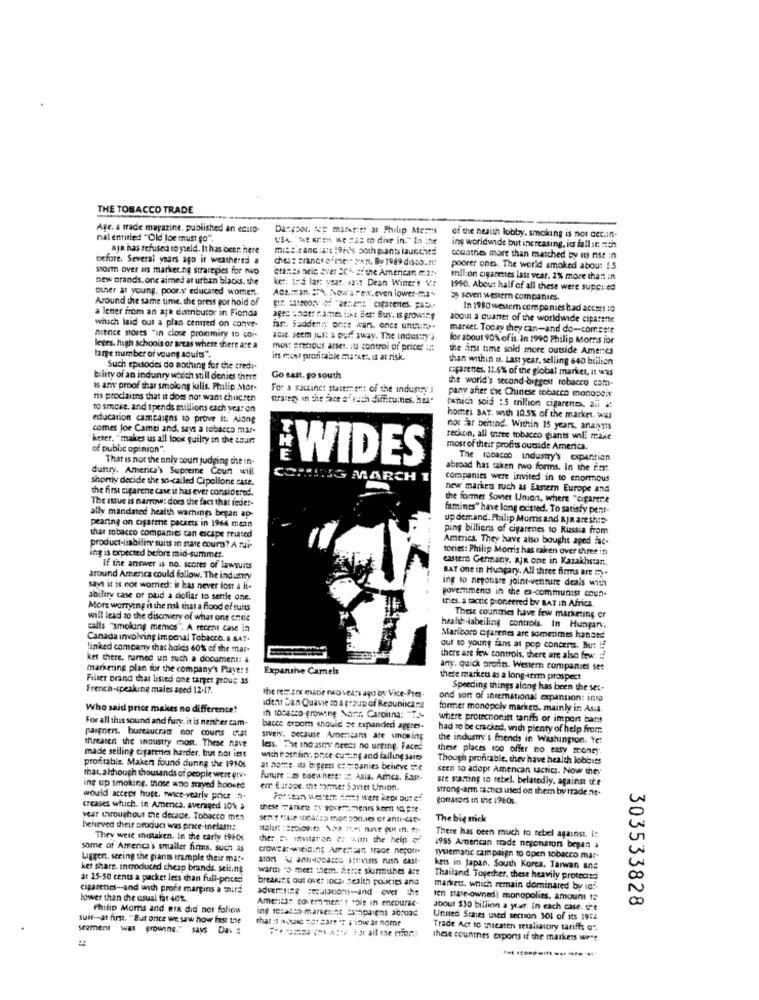
THE TOBACCO TRADE
Age. a trade magazine. published an ecito-
Danpoor. top marke:tr ar Philip Memis
nat entitled "Old Joe must go".
of the heaith lobby. smoking is not det.in-
aja has refused to sseld. It has been here
mise.canc :ite !9rds. both plants launched
ing worldwide but increasing, its fall it nich
before. Several years ago ir weathered a
ches: granes ef metr tan. By 1989 discount:
countries more than matched by its nse in
storm over as marketing strategies for nwo
cranes nele aver 201 at the American m.2.
poorer ones. The world smoked about !. 5
new brands. one aimed at urban blacks. the
ker: 175 last year. 32: Dean Winer's V .:
million cigarettes last year. 2% more than in
other at young, poor.y educated women.
1990. About half of all these were suppred
Around the same time, the press por hold of
ACEman. ST. Now's "www.even lower-ma-
3y seven western companies.
a lener from an apa distributor in Fionda
In 1980 western companies had access to
ages shost flames ithe Best Buy. Is prowire
about a quarter of the worldwide cipatente
which laid out a plan centred on conve-
far. Saddens onice wars. once untilinte-
market. Today they can-and do -. comsete
nitnee stores "in close prommity to coi-
able seem just & paf sway. The industry's
for about 90% of it. In 1990 Philip Morns for
leges, high schools or areas where there are a
most precious anser. its control of prices in
the arst time sold more outside Amenta
large number of young adults".
its most prontable ma xt :. is at risk.
than within us. Last year, selling 640 billion
Such episodes do nothing for the credi-
ciparenes. 11.6% of the global market, it was
bility of an indunry which still denies there
Go east. po south
the world's second biggest robacco com-
is any proof that smolong kills. Philip Mor-
For a succinct statement of the industry's
pany after the Chinese tobacco monopoly
ris proclaims that it does not want children
straten, « the face o' such difficulties. hua.
to smoke, and spends millions each year on
tataich sois 1.5 trillion cigarenes, au it
education campaigns to prove it. Along
homei BAT. with 10.5% of the market. wws
comes Joe Camei and, says a tobacco mar-
nos far behind. Within 15 years, analysis
heter, "makes us all look guilty in the tour:
reckon, all three tobacco giants will make
of public opinion".
most of their profits ouride America.
That is not the only count judging the in-
WIDES
The tobacco industry's expansion
dufry. America's Supreme Court will
abroad has taken rwo forms. In the first.
shortly decide the so-called Cipollone case,
COMING MARCH 1
companies were invited in to enormous
the first cigarene case it has ever considered.
new markets such as Eastern Europe and
The issue is narrow: does the fact that feder-
the former Soviet Union, where "cigarere
ally mandated health warnings began ap-
famines" have long existed. To satisfy pent-
pearing on cafarene packets in 1966 menn
up demand. Philip Morris and RJR are ship-
ping billions of cigarenes to Russia from
that robacco companies can escape related
America. They have also bought aged fac-
product-liabiling suits in state cours? A rui
tories: Philip Morris has raken over three in
ing is expected before mid-summer.
eastern Germany. AJR one in Kazakhstan.
If the answer is no. scores of lawsuits
BAT one in Hungary. All three firms are my .
around Amenca could follow. The industry
ing to neponare joint venture deals with
says it is not worried: it has never lost a li-
government in the a-communist coun-
ability case or paid a cioliar to sertle one.
More worrying is the nsk that a flood of suits
iries. a tactic pioneered by BAT In Africa.
will lead to the discovery of what one entie
These countries have few marketing or
calls "smoking memos". A recent case in
health -labelling controls. In Hungary,
Canada involving impenal Tobacco. a AAT.
Mariboro cigarenes are somerimes hanatd
linked company that holds 60% of the mar-
out to young fans at pop concerts. But !!
ket chere. turned up such a document:
there are few controls, there are also few. : /
marketing plan for the company's Player's
Expansive Camels
any. quick profits. Western companies set
Filter brand that listed one target group as
there markets as a long-term prospect.
French-speakshe males aged 12-17.
the remen made noveas agu as Vice-Pret-
Speeding things along has been the sex-
ond son of international expansion: into
Who said price makes no difference?
idenr San Quavie to a group of Repubikans
former monopoly markes. mainly in Asia
For all this sound and fury, it is nenher cam-
in tobacco-growing Nontr. Carolina: "T.
where protecnonist tarifs or import bars
paigners. bureaucrats mor counts ciat
barce export should se expanded aggres-
had to be cracked, with plenty of help from
threaten the industry most. These have
siveis. pecause Americans are smowing
the industry's friends in Washington. Ye:
less. " The industry needs no urging. Faced
these places to0 offer no easy money.
made selling cigarenes harder, but not iess
with bestliry, price-cutting and falling saies
Though proncable, they have health lobbies
profitable. Makers found during the 19105
at notte. its boggest companies believe me
keen to adopt Amencan tactics. Now they
that, although thousands of people were grv.
future :25 toewhere: : Asia, Arca, East-
are starting to rebel. belatedly, against u.e
ing up smoking, those wno stayed hooked
err Eurage. the former Soviet Union.
strong-arm caches used on them by trade nt.
would accept huge. rwice-yearly price in-
gomators In the 1980s.
creases which. in America. averaged 10% a
these Parken sy soverommenes koent to pre-
vear Coughout the decade. Tobacco men
The big mick
heheved their produc was prace-inelast :.
They were inistaken. In the early 1960%
che: = invitaron & Aum the help of
There has been much to rebel against. I.
some of America's smaller firms, such as
crowea :- wicising Arrendar trace nepoli-
1985 American trade negotiators began à
Ligger, seeing the giants trample their ma !.
systematic campaign to open tobacco mas-
ket share. introduced cheap brands. seiting
wards "o meet them. ferce skirmishes are
kets in japan. South Korea, Taiwan ans
at 25-50 cents a packet less than full-priceri
breakunit out ovet roch health policies and
Thailand. Together, these heavily protecres
cigarettes-and with profit margins a third
advertising :eu-ind over the
markets, which remain dominared by io.
lower than the usual fat 401
America: covermen't sale in encourse-
ren state-ownedi monopolies. amount te
303533828
Philip Moms and BIR did not foliow
Joout $30 billion a yur. In each case. the
suit -- at firm. "But once we saw how fast the
that :1 * xic not care "t ; iow ar nome
United States used section 301 of its 1954
segment was growing." says Dat
#roma Forail te cion
Trade Act to wnieaten retaliatory tariffs o"
these countries exports if the markets wert